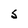
Character: 5